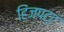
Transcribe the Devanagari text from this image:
हिंजपट्ट